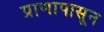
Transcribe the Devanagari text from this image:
प्राणापासून